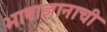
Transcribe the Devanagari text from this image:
भाषाज्ञानाची